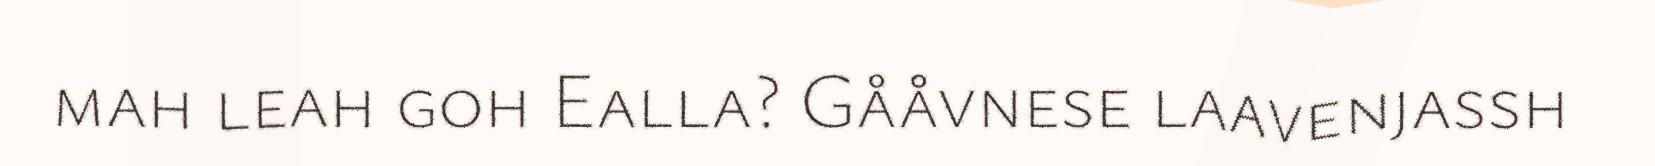
mah leah goh Ealla? Gååvnese laavenjassh